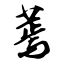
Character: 蔫